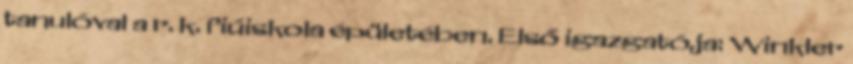
tanulóval a r. k. fiúiskola épületében. Első igazgatója: Winkler